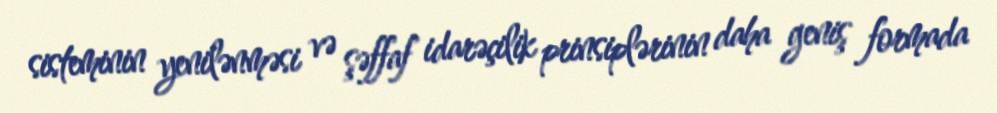
sisteminin yenilənməsi və şəffaf idarəçilik prinsiplərinin daha geniş formada